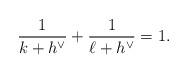
LaTeX: \begin{align*}\frac{1}{k+h^{\vee}}+\frac{1}{\ell+h^{\vee}}=1.\end{align*}